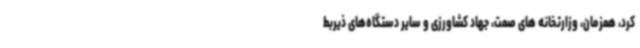
کرد، همزمان، وزارتخانه های صمت، جهاد کشاورزی و سایر دستگاه‌های ذیربط